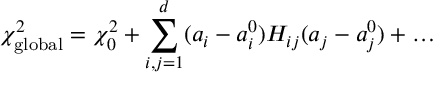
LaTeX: \chi _ { \mathrm { g l o b a l } } ^ { 2 } = \chi _ { 0 } ^ { 2 } + \sum _ { i , j = 1 } ^ { d } ( a _ { i } - a _ { i } ^ { 0 } ) H _ { i j } ( a _ { j } - a _ { j } ^ { 0 } ) + \ldots